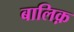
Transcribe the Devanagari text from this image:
बालिक़